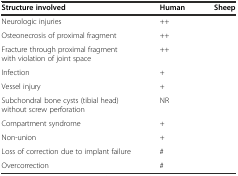
<table><thead><tr><td><b>Structure involved</b></td><td><b>Human</b></td><td><b>Sheep</b></td></tr></thead><tbody><tr><td>Neurologic injuries</td><td>++</td><td>[EMPTY_CELL]</td></tr><tr><td>Osteonecrosis of proximal fragment</td><td>++</td><td>[EMPTY_CELL]</td></tr><tr><td>Fracture through proximal fragment with violation of joint space</td><td>++</td><td>[EMPTY_CELL]</td></tr><tr><td>Infection</td><td>+</td><td>[EMPTY_CELL]</td></tr><tr><td>Vessel injury</td><td>+</td><td>[EMPTY_CELL]</td></tr><tr><td>Subchondral bone cysts (tibial head) without screw perforation</td><td>NR</td><td>[EMPTY_CELL]</td></tr><tr><td>Compartment syndrome</td><td>+</td><td>[EMPTY_CELL]</td></tr><tr><td>Non-union</td><td>+</td><td>[EMPTY_CELL]</td></tr><tr><td>Loss of correction due to implant failure</td><td>#</td><td>[EMPTY_CELL]</td></tr><tr><td>Overcorrection</td><td>#</td><td>[EMPTY_CELL]</td></tr></tbody></table>